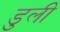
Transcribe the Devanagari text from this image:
डुली